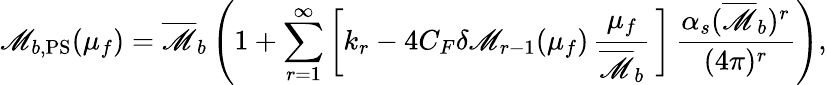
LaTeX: \mathscr{M}_{b,\mathrm{{PS}}}(\mu_{f})=\overline{{{{\mathscr{M}}}}}_{b}\left(1+\sum_{r=1}^{\infty}\bigg[k_{r}-4C_{F}\delta\mathscr{M}_{r-1}(\mu_{f})\, \frac{{\mu_{f}}}{{\overline{{{{\mathscr{M}}}}}_{b}}}\, \bigg]\, \frac{{\alpha_{s}(\overline{{{{\mathscr{M}}}}}_{b})^{r}}}{{(4\pi)^{r}}}\right),